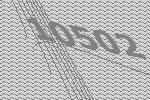
10502